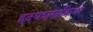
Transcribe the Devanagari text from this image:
ह्रदयशस्त्रक्रिया